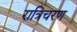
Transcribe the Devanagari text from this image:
रात्रिचरण